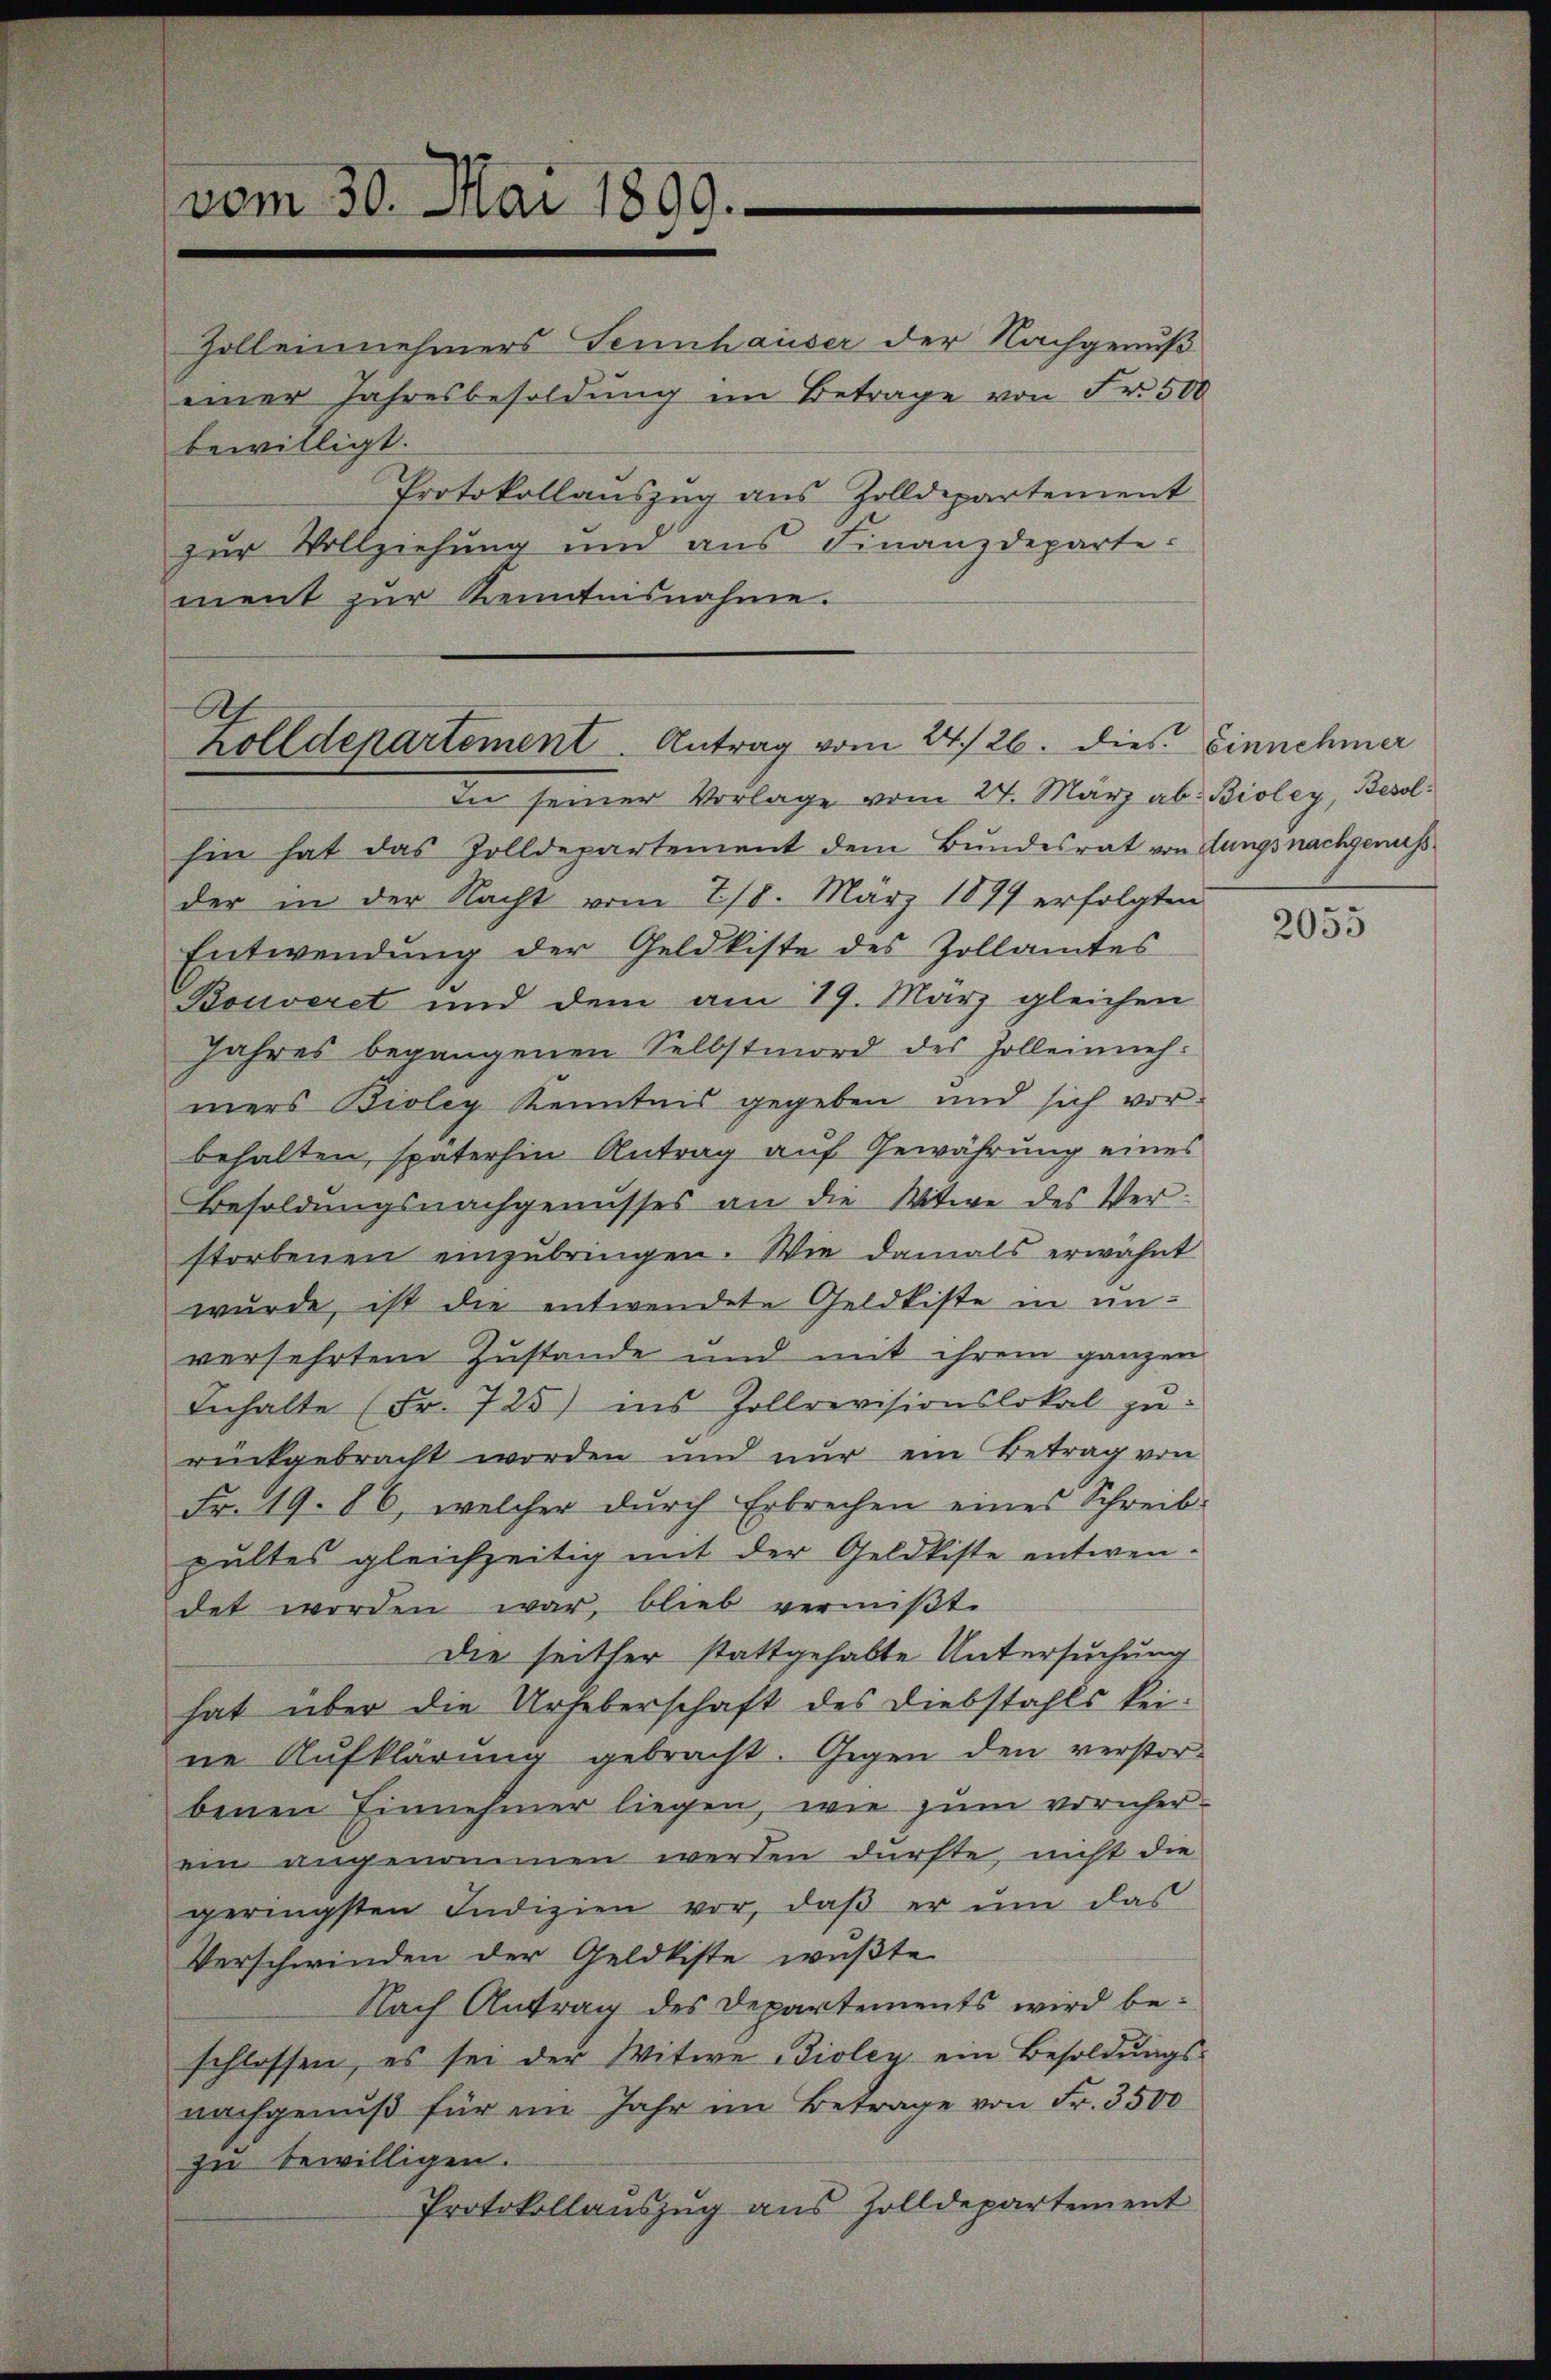
vom 30. Mai 1899.

ment zur Kenntnisnahme.

Holleinnehmers Sennhauser der Nachgenuß
einer Jahresbesoldung im Betrage von Fr. 500
bewilligt.
Protokollauszug aus Zolldepartement
zur Vollziehung und aus Finanzdeparte.

Ah.
Zolldepartement. Antrag vom 24./26. dies Einnehmer

In seiner Vorlage vom 27. März ab: Bioley, Besolhin hat das Zolldepartement dem Bundesrat von Lungsnachgenuss
der in der Nacht vom 218. März 1877 erfolgten
Entwendŭng der Geldkiste des Zollamtes
Bouveret und dem am 19. März gleichen
Jahres begangenen Selbstmord des Zolleinnehmers Bioley Kenntnis gegeben und sich vorbehalten, späterhin Antrag auf Gewährung eines
Besoldungsnachgenusses an die Witwe des Ver-
storbenen einzŭbringen. Wie damals erwähnt
wurde, ist die entwendete Geldkiste in unversehrten Zustande und mit ihrem ganzen
Inhalte (Fr. 725) ins Zollrevisionslokal zŭ-
rückgebracht worden und nur ein Betrag von
Fr. 19. 86, welcher dŭrch Erbrechen eines Schreib-
pultes gleichzeitig mit der Geldkiste entwen-
det worden war, blieb verniβt.
die seither stattgehabte Untersuchung
hat über die Urheberschaft des Diebstahls keine Aufklärung gebracht. Gegen den verstorbenen Einnehmer liegen, wie zum vornherein angenommen werden dürfte, nicht die
geringsten Indizien vor, daβ er ŭm das
Verschwinden der Geldkiste wußte
Nach Antrag des Departements wird beschlossen, es sei der Witwe Bioley ein Besoldŭngs-
nachgenuß für im Jahr im Betrage von Fr. 3500
zu bewilligen.
Protokollauszug aus Zolldepartement

2055